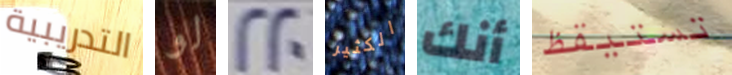
التدريبية لو 220 الكثير أنك تستيقظ